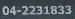
04-2231833